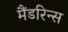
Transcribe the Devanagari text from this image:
मैंडरिन्स